Burma Government Medical School reports 1907-22
Year: 1907
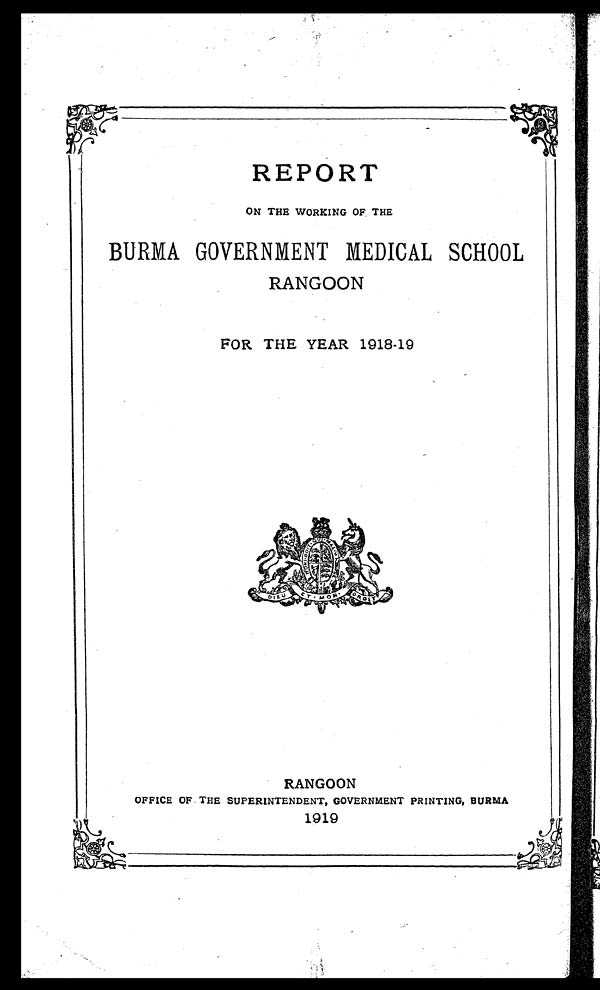
REPORT
ON THE WORKING OF THE
BURMA GOVERNMENT MEDICAL SCHOOL
RANGOON
FOR THE YEAR 1918-19
RANGOON
OFFICE OF. THE SUPERINTENDENT, GOVERNMENT PRINTING, BURMA
1919